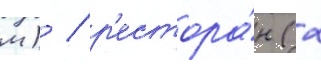
м) / р'естора́н (2